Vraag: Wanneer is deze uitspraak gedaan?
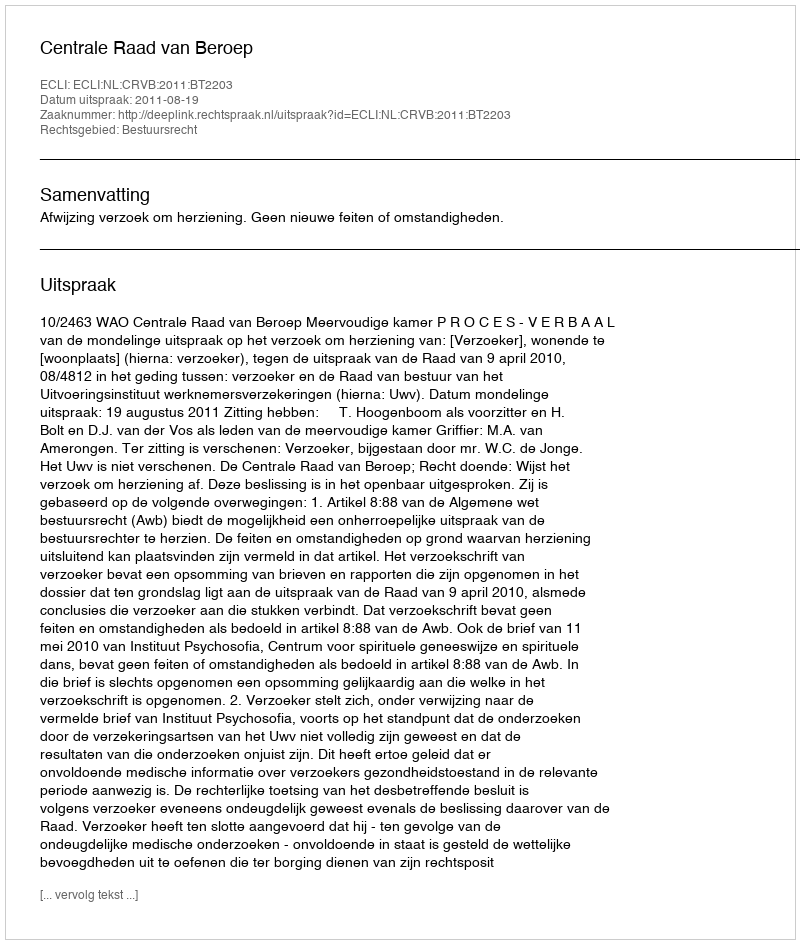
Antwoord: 2011-08-19